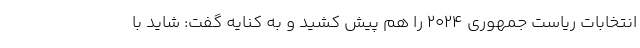
انتخابات ریاست جمهوری 2024 را هم پیش کشید و به کنایه گفت: شاید با